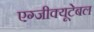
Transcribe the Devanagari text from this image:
एग्जीक्यूटेबल